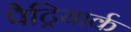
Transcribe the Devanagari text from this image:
पैट्रियार्क